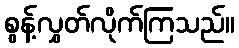
စွန့်လွှတ်လိုက်ကြသည်။